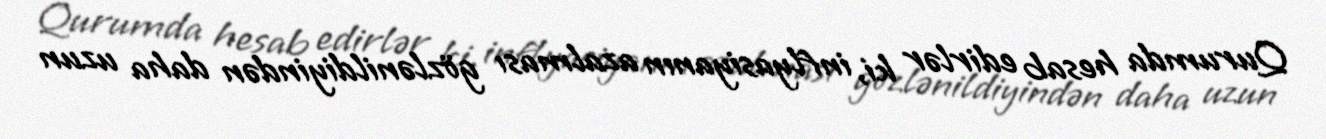
Qurumda hesab edirlər ki, inflyasiyanın azalması gözlənildiyindən daha uzun